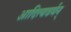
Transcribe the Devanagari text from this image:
आदित्यवर्मन्‌